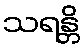
သရန္တိ